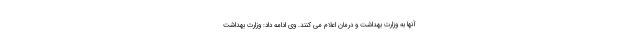
آنها به وزارت بهداشت و درمان اعلام می کنند. وی ادامه داد: وزارت بهداشت